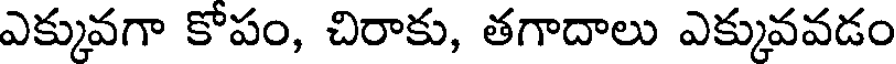
ఎక్కువగా కోపం, చిరాకు, తగాదాలు ఎక్కువవడం